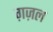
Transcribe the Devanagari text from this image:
ग़ज़्‍ाल